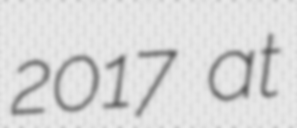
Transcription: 2017 at